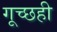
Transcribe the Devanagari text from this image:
गूच्छही